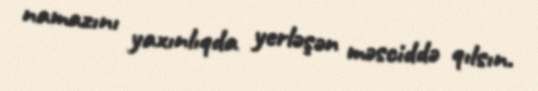
namazını yaxınlıqda yerləşən məsciddə qılsın.